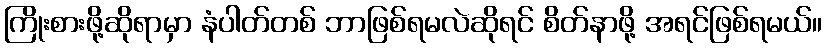
ကြိုးစားဖို့ဆိုရာမှာ နံပါတ်တစ် ဘာဖြစ်ရမလဲဆိုရင် စိတ်နာဖို့ အရင်ဖြစ်ရမယ်။